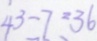
4 3 - 7 = 3 6